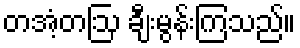
တအံ့တဩ ချီးမွန်းကြသည်။